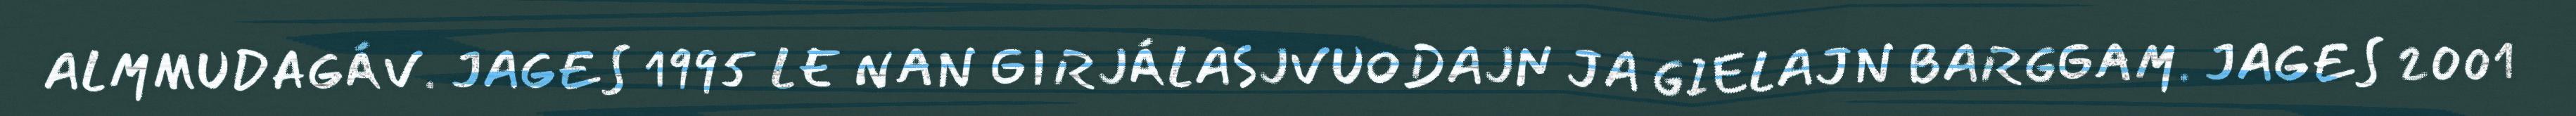
ALMMUDAGÁV. JAGES 1995 LE NAN GIRJÁLASJVUODAJN JA GIELAJN BARGGAM. JAGES 2001